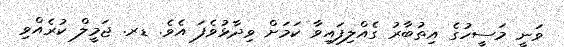
ވަނީ މަސީހުގެ އިތުބާރު ގެއްލިފައިވާ ކަމަށް ވިދާޅުވެފަ އެވެ. ޑރ. ޖަމީލް ކުރެއްވި